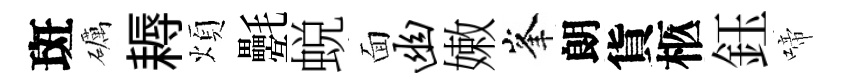
斑礪耨煩氎蜕面幽嫩峯朗貨柩鈺啼